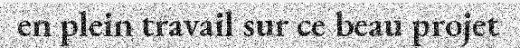
en plein travail sur ce beau projet